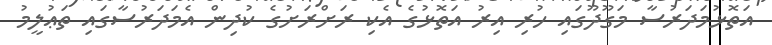
އަތޮޅުމަދަރުސާ މަގޫދޫގައި ހުރި އިރު އަތޮޅުގެ އެކި ރަށްރަށުގެ ކުދިން އެމަދަރުސާގައި ތަޢުލީމު